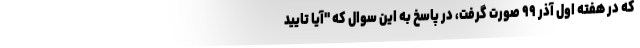
که در هفته اول آذر ۹۹ صورت گرفت، در پاسخ به این سوال که "آیا تایید